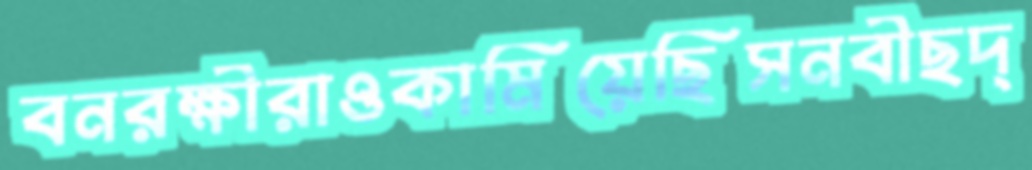
বনরক্ষীরাওকামিয়েছিসনবীছদ্